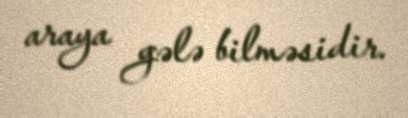
araya gələ bilməsidir.